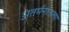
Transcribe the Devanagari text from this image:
अंतर्मनातल्या